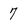
Character: 7